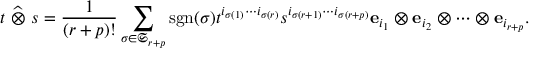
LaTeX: t ~ { \widehat { \otimes } } ~ s = { \frac { 1 } { ( r + p ) ! } } \sum _ { \sigma \in { \mathfrak { S } } _ { r + p } } \operatorname { s g n } ( \sigma ) t ^ { i _ { \sigma ( 1 ) } \cdots i _ { \sigma ( r ) } } s ^ { i _ { \sigma ( r + 1 ) } \cdots i _ { \sigma ( r + p ) } } { \mathbf { e } } _ { i _ { 1 } } \otimes { \mathbf { e } } _ { i _ { 2 } } \otimes \cdots \otimes { \mathbf { e } } _ { i _ { r + p } } .